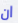
ان